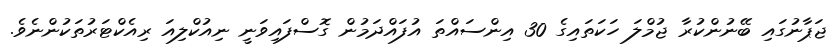
ޖަޕާނުގައި ބޭނުންކުރާ ޖުމްލަ ހަކަތައިގެ 30 އިންސައްތަ އުފައްދަމުން ގޮސްފައިވަނީ ނިއުކްލިއަ ރިއެކްޓަރުތަކުންނެވެ.